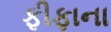
ફીફાના